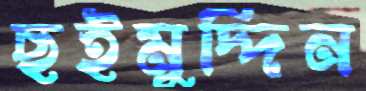
ছইমুদ্দিন